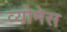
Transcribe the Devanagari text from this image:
व्योमेस